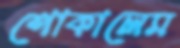
শোকালেম